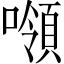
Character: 𰈼